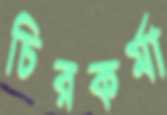
চিরকর্মা